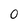
Character: O